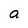
Character: a